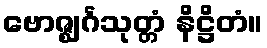
ဗောဇ္ဈင်္ဂသုတ္တံ နိဋ္ဌိတံ။